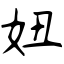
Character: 妞